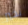
بخير